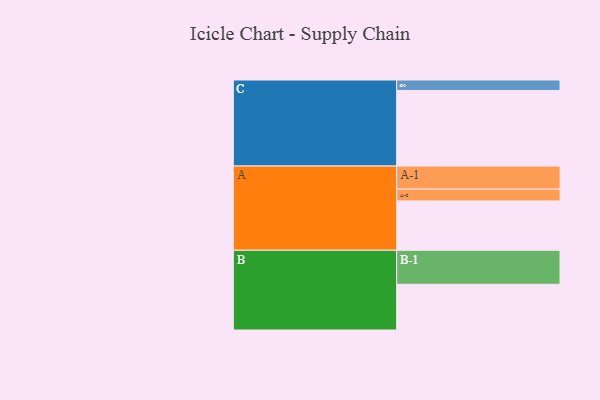
{"axis": {"x": "Segment", "y": "Value"}, "legend": ["", "A", "B", "C"], "data": [{"x": "A", "y": 383, "type": ""}, {"x": "B", "y": 355, "type": ""}, {"x": "C", "y": 587, "type": ""}, {"x": "A-1", "y": 179, "type": "A"}, {"x": "A-2", "y": 92, "type": "A"}, {"x": "B-1", "y": 264, "type": "B"}, {"x": "C-1", "y": 81, "type": "C"}]}